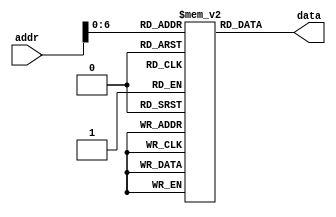
`timescale 1ns / 1ps

module memory (
   output reg [31:0] data,       // Output of Instruction Memory
   input wire [31:0] addr        // Input of Instruction Memory
   );

// Register Declarations
   reg [31:0] MEM[0:127];  // 128 words of 32-bit memory

// 002300AA
// 10654321
// 00100022
// 8C123456
// 8F123456
// AD654321
// 13012345
// AC654321
// 12012345

// Initialize Registers
   initial begin
   MEM[0] <= 'h002300AA;
   MEM[1] <= 'h10654321;
   MEM[2] <= 'h00100022;
   MEM[3] <= 'h8C123456;
   MEM[4] <= 'h8F123456;
   MEM[5] <= 'hAD654321;
   MEM[6] <= 'h13012345;
   MEM[7] <= 'hAC654321;
   MEM[8] <= 'h12012345;
   MEM[9] <= 'h00000000;
   end
   
   always @ (addr) data <= MEM[addr];
endmodule // memory